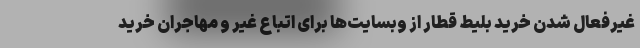
غیرفعال شدن خرید بلیط قطار از وبسایت‌ها برای اتباع غیر و مهاجران خرید